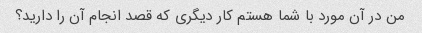
من در آن مورد با شما هستم کار دیگری که قصد انجام آن را دارید؟